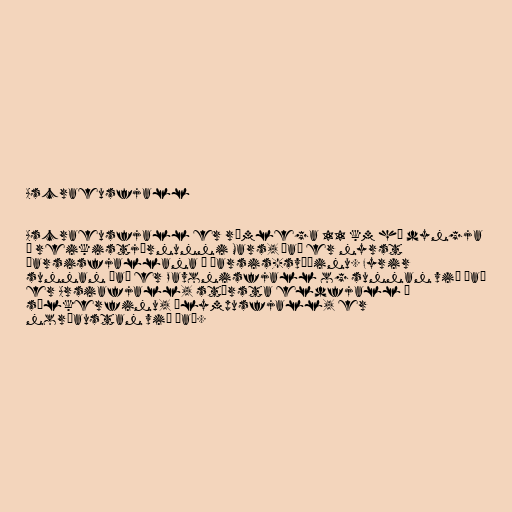
Ascraeusfjall

Ascraeusfjall er rúmlega 11 km há dyngja
á reikistjörnunni Mars, það er nyrst
Þarsisfjallana á Þarsis-svæðinu. Fyrir
sunnan það er Pavonisfjall og sunnan við það
er Arsiafjall, stærsta eldfjall í
sólkerfinu, Ólympusfjall, er
norðaustan við það.